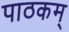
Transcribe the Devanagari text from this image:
पाठकम्